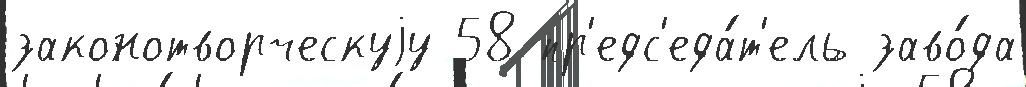
законотворческуjу 58 пр'едс'еда́т'ель заво́да